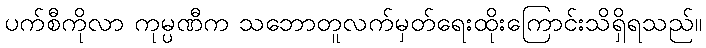
ပက်စီကိုလာ ကုမ္ပဏီက သဘောတူလက်မှတ်ရေးထိုးကြောင်းသိရှိရသည်။